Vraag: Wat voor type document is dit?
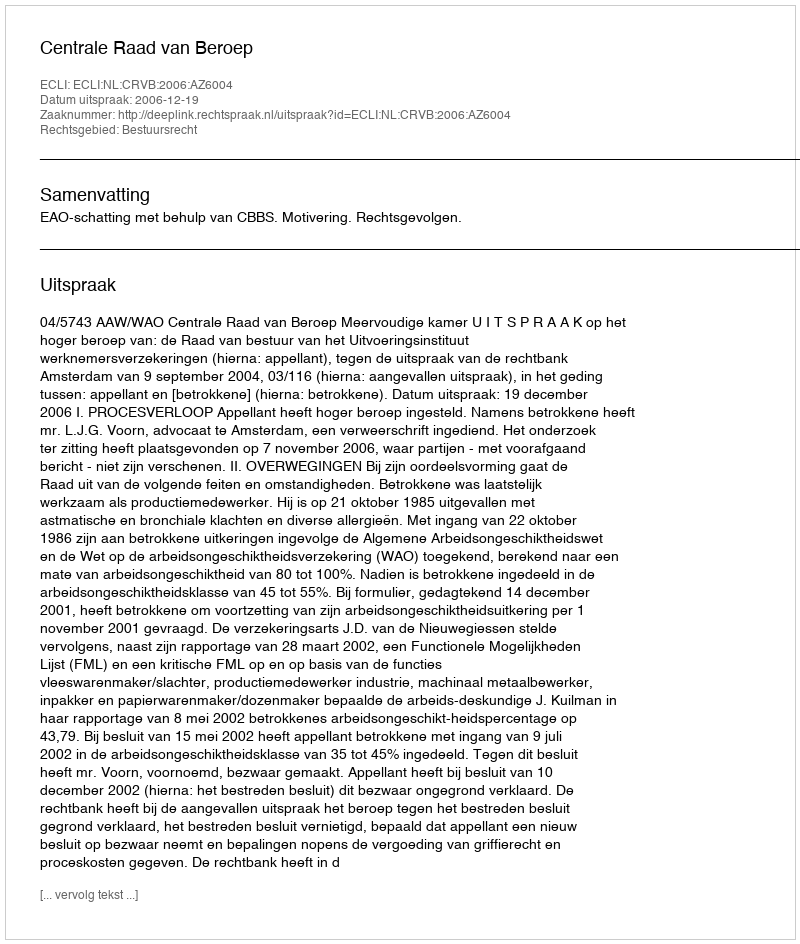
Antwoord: Uitspraak